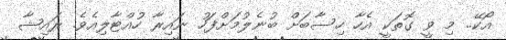
އޯކޭ.. މި ވީ ގޮތަކީ އެހާ ހިސާބަށް ބުނެލުމަށްފަހު ނައިރާ ހުއްޓާލިއެވެ. ރައިޝާ